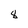
Character: 8